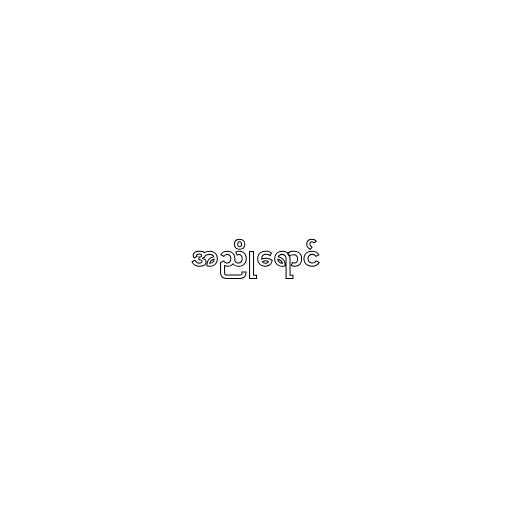
အညိုရောင်